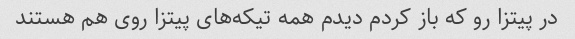
در پیتزا رو که باز کردم دیدم همه تیکه‌های پیتزا روی هم هستند